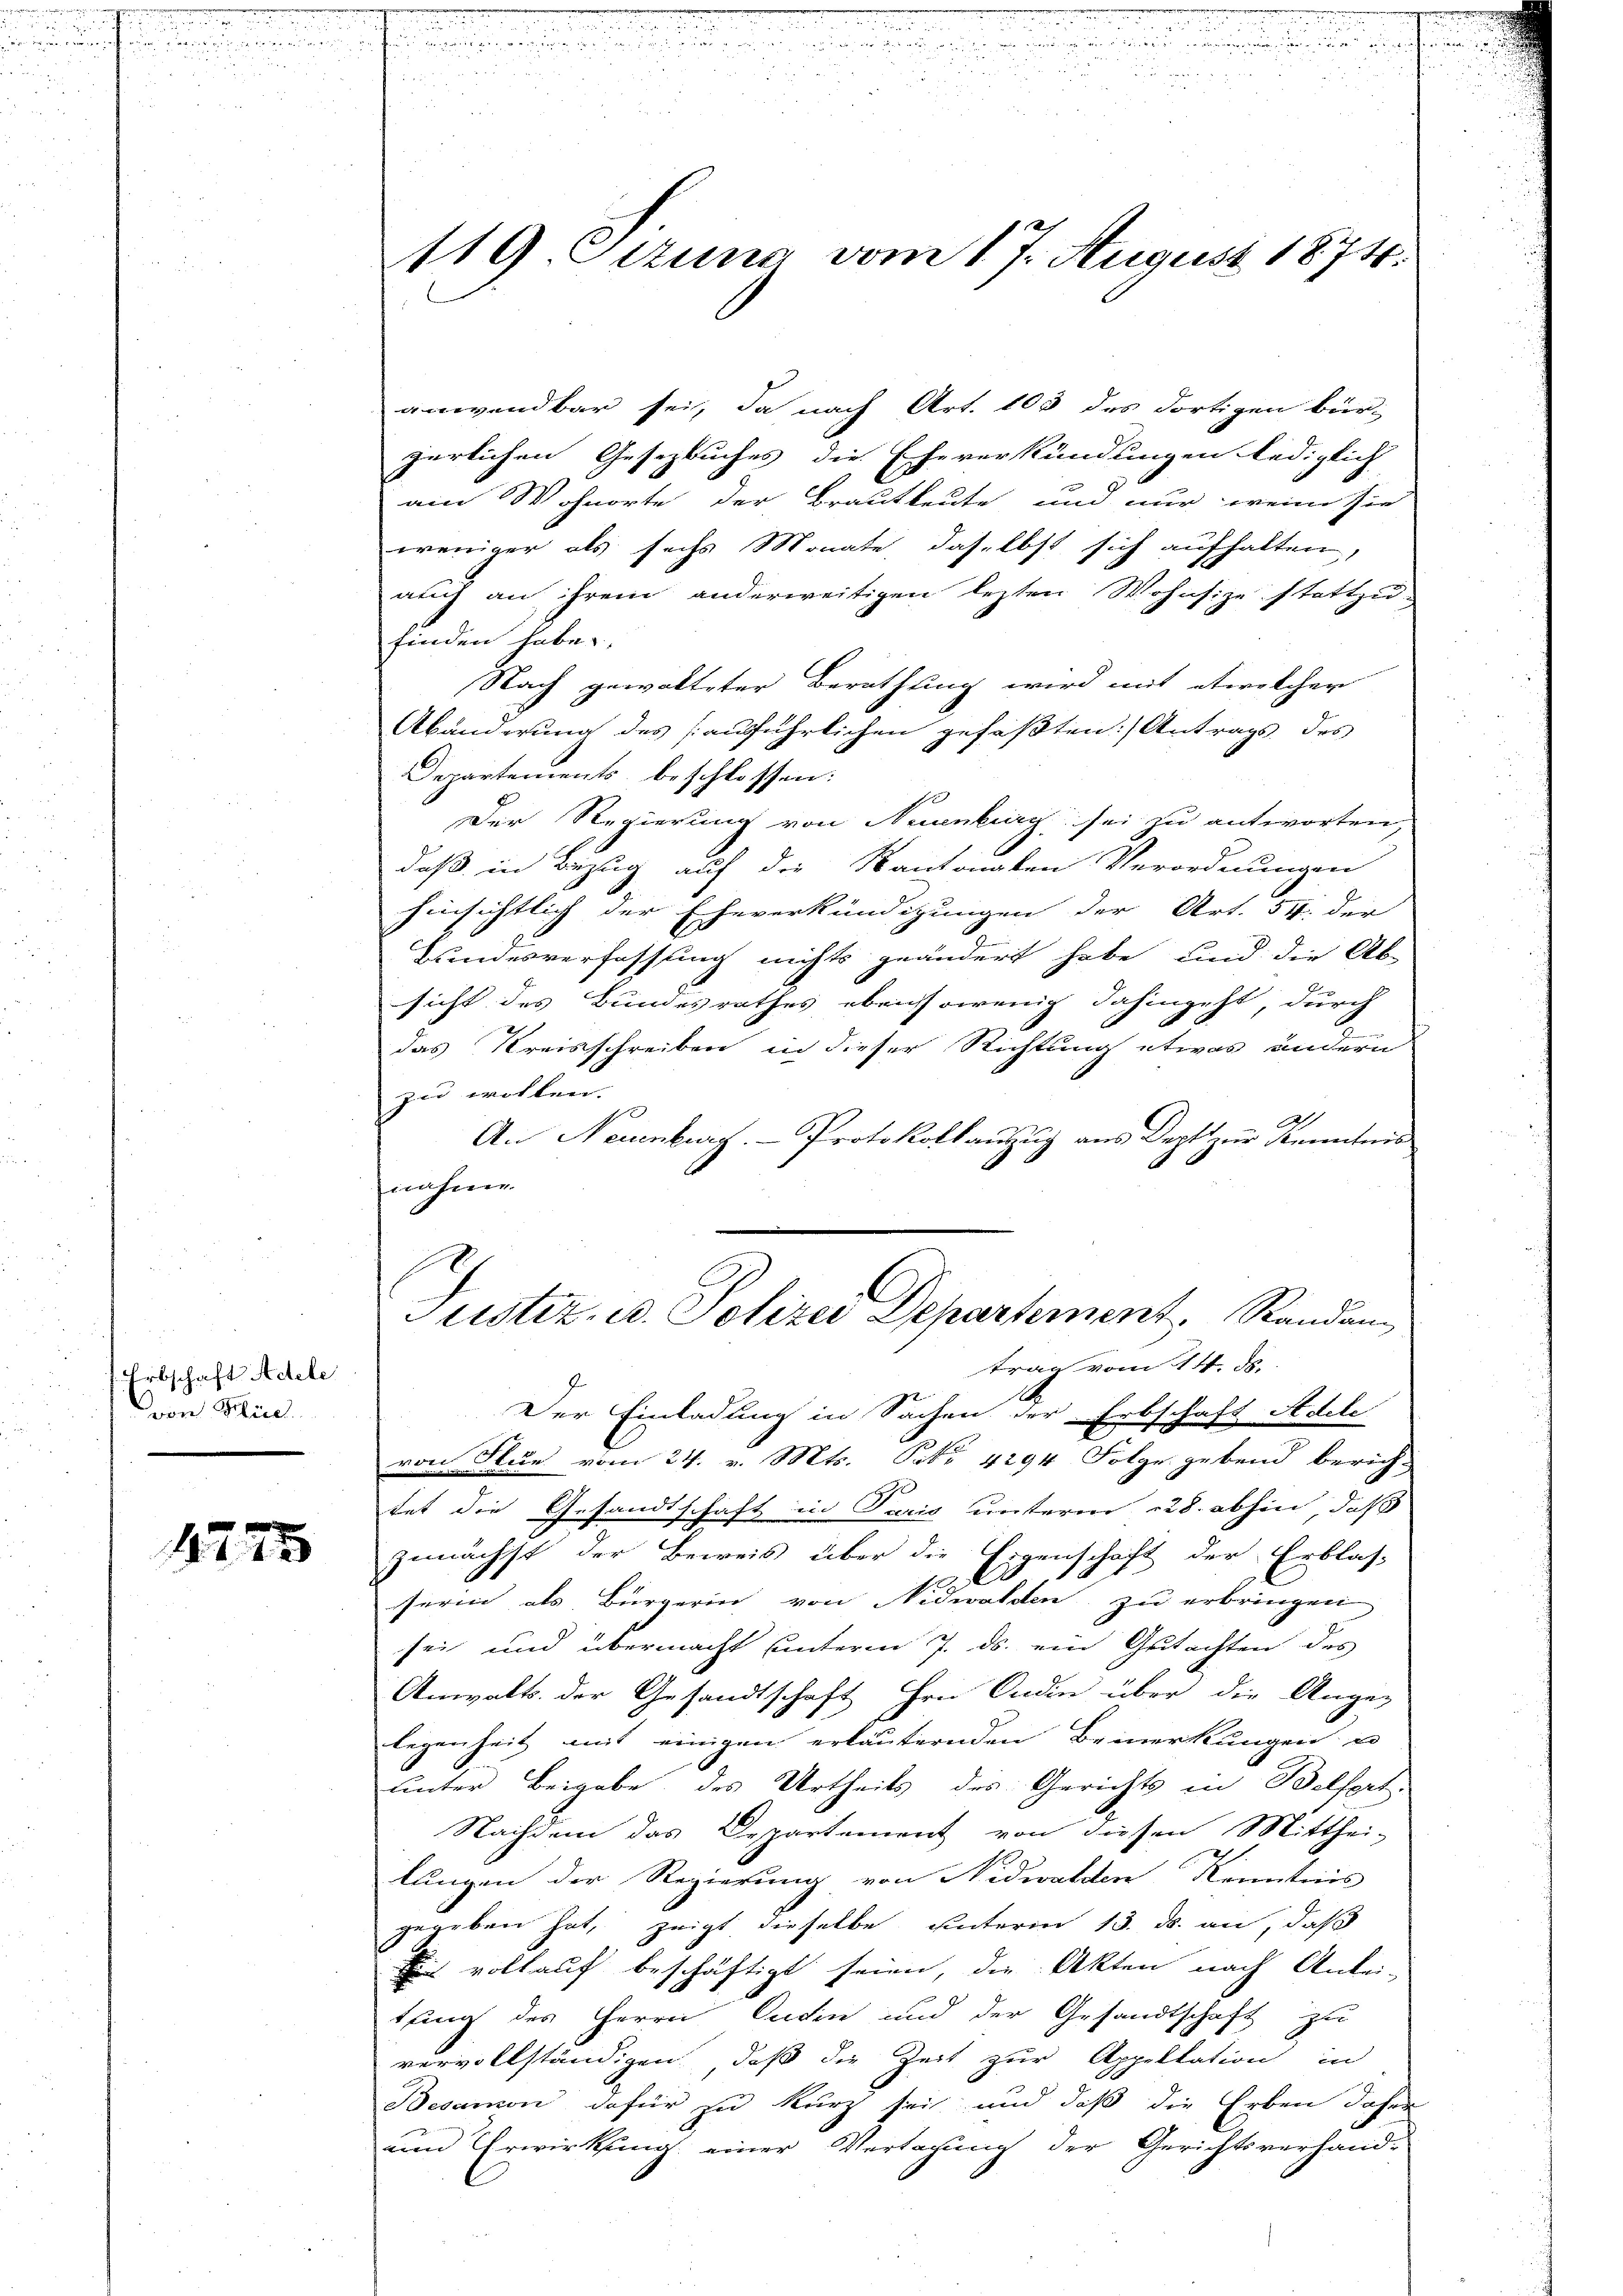
Erbschaft Adele
von Biel

1275

119 Sizung vom 17. August 1874.

anwendbar sei, da nach Art. 103 des dortigen bür-
gürlichen Gesezbuches die Eheverkündungen lediglich
ain Wohnorte der Brautleute und nur wenn sie
weniger als sechs Monate daselbst sich aufhalten,
auch an ihrem anderweitigen lezten Wohnsize stattzu-
finden habe.
Nach gewalteter Berathung wird mit etwelcher
Abänderung des (auführlichen gefaßten Antrags des
Departements beschlossen:
d
Der Regierung von Neuenburg sei zu antworten,
daß in Bezug auf die Kantonalen Verordnungen
hinsichtlich der Eheverkündigungen der Art. 54. der
Kundesverfassung nichts geändert habe, und die Ab-
sicht des Bundesrathes ebensowenig dahingeht, durch
das Kreisschreiben in dieser Richtung etwas andern
zu wollen.
2
An Neuenburg. - Protokollauszug aus Dept zur Kenntnis
nahme.
Justiz- u. Polizei Departement, Standan
trag vom 14. ds.
Der Einladung in Sachen der Erbschaft Adele
von Stue vom 24. v. Mts. Febr. 4294 Folge gebend berich-
tet die Gesandtschaft in Paris unterm 28. abhin, daß
zunächst der Beweis über die Eigenschaft der Erblas-
1
serin als Bürgerin von Nidwalden zu erbringen
sei und übermacht unterm 7. ds. ein Gutachten des
Anwalts der Gesandtschaft Hrn. Ondin über die Angez
legenheit mit einigen erläuternden Bemerkungen u
unter Beigabe des Urtheils des Gerichts in Belfort.
Nachdem das Departement von diesen Mitthei-
lungen der Regierung von Nidwalden Kenntnis
gegeben hat, zeigt dieselbe unterm 13. ds. an, daß
Die vollauf beschäftigt seien, die Akten nach Antei-
tung des Herrn Cadin und der Gesandtschaft zu
vervollständigen, daß die Zeit zur Appellation in
Besamon dafür zu kurz sei und daß die Erben daher
ann Erwirkung einer Vertagung der Gerichtsverhand-